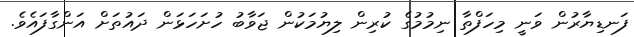
ފަނޑިޔާރުން ވަނީ މިހަފްތާ ނިމުމުގެ ކުރިން ލިޔުމަކުން ޖަވާބު ހުށަހަޅަން ދައުތަށް އަންގާފައެވެ.